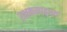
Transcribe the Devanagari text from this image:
रक्षकसादृश्य